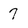
Character: 7